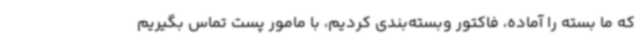
که ما بسته را آماده، فاکتور وبسته‌بندی کردیم، با مامور پست تماس بگیریم